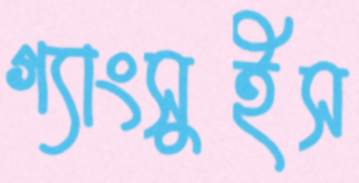
গ্যাংসুইস